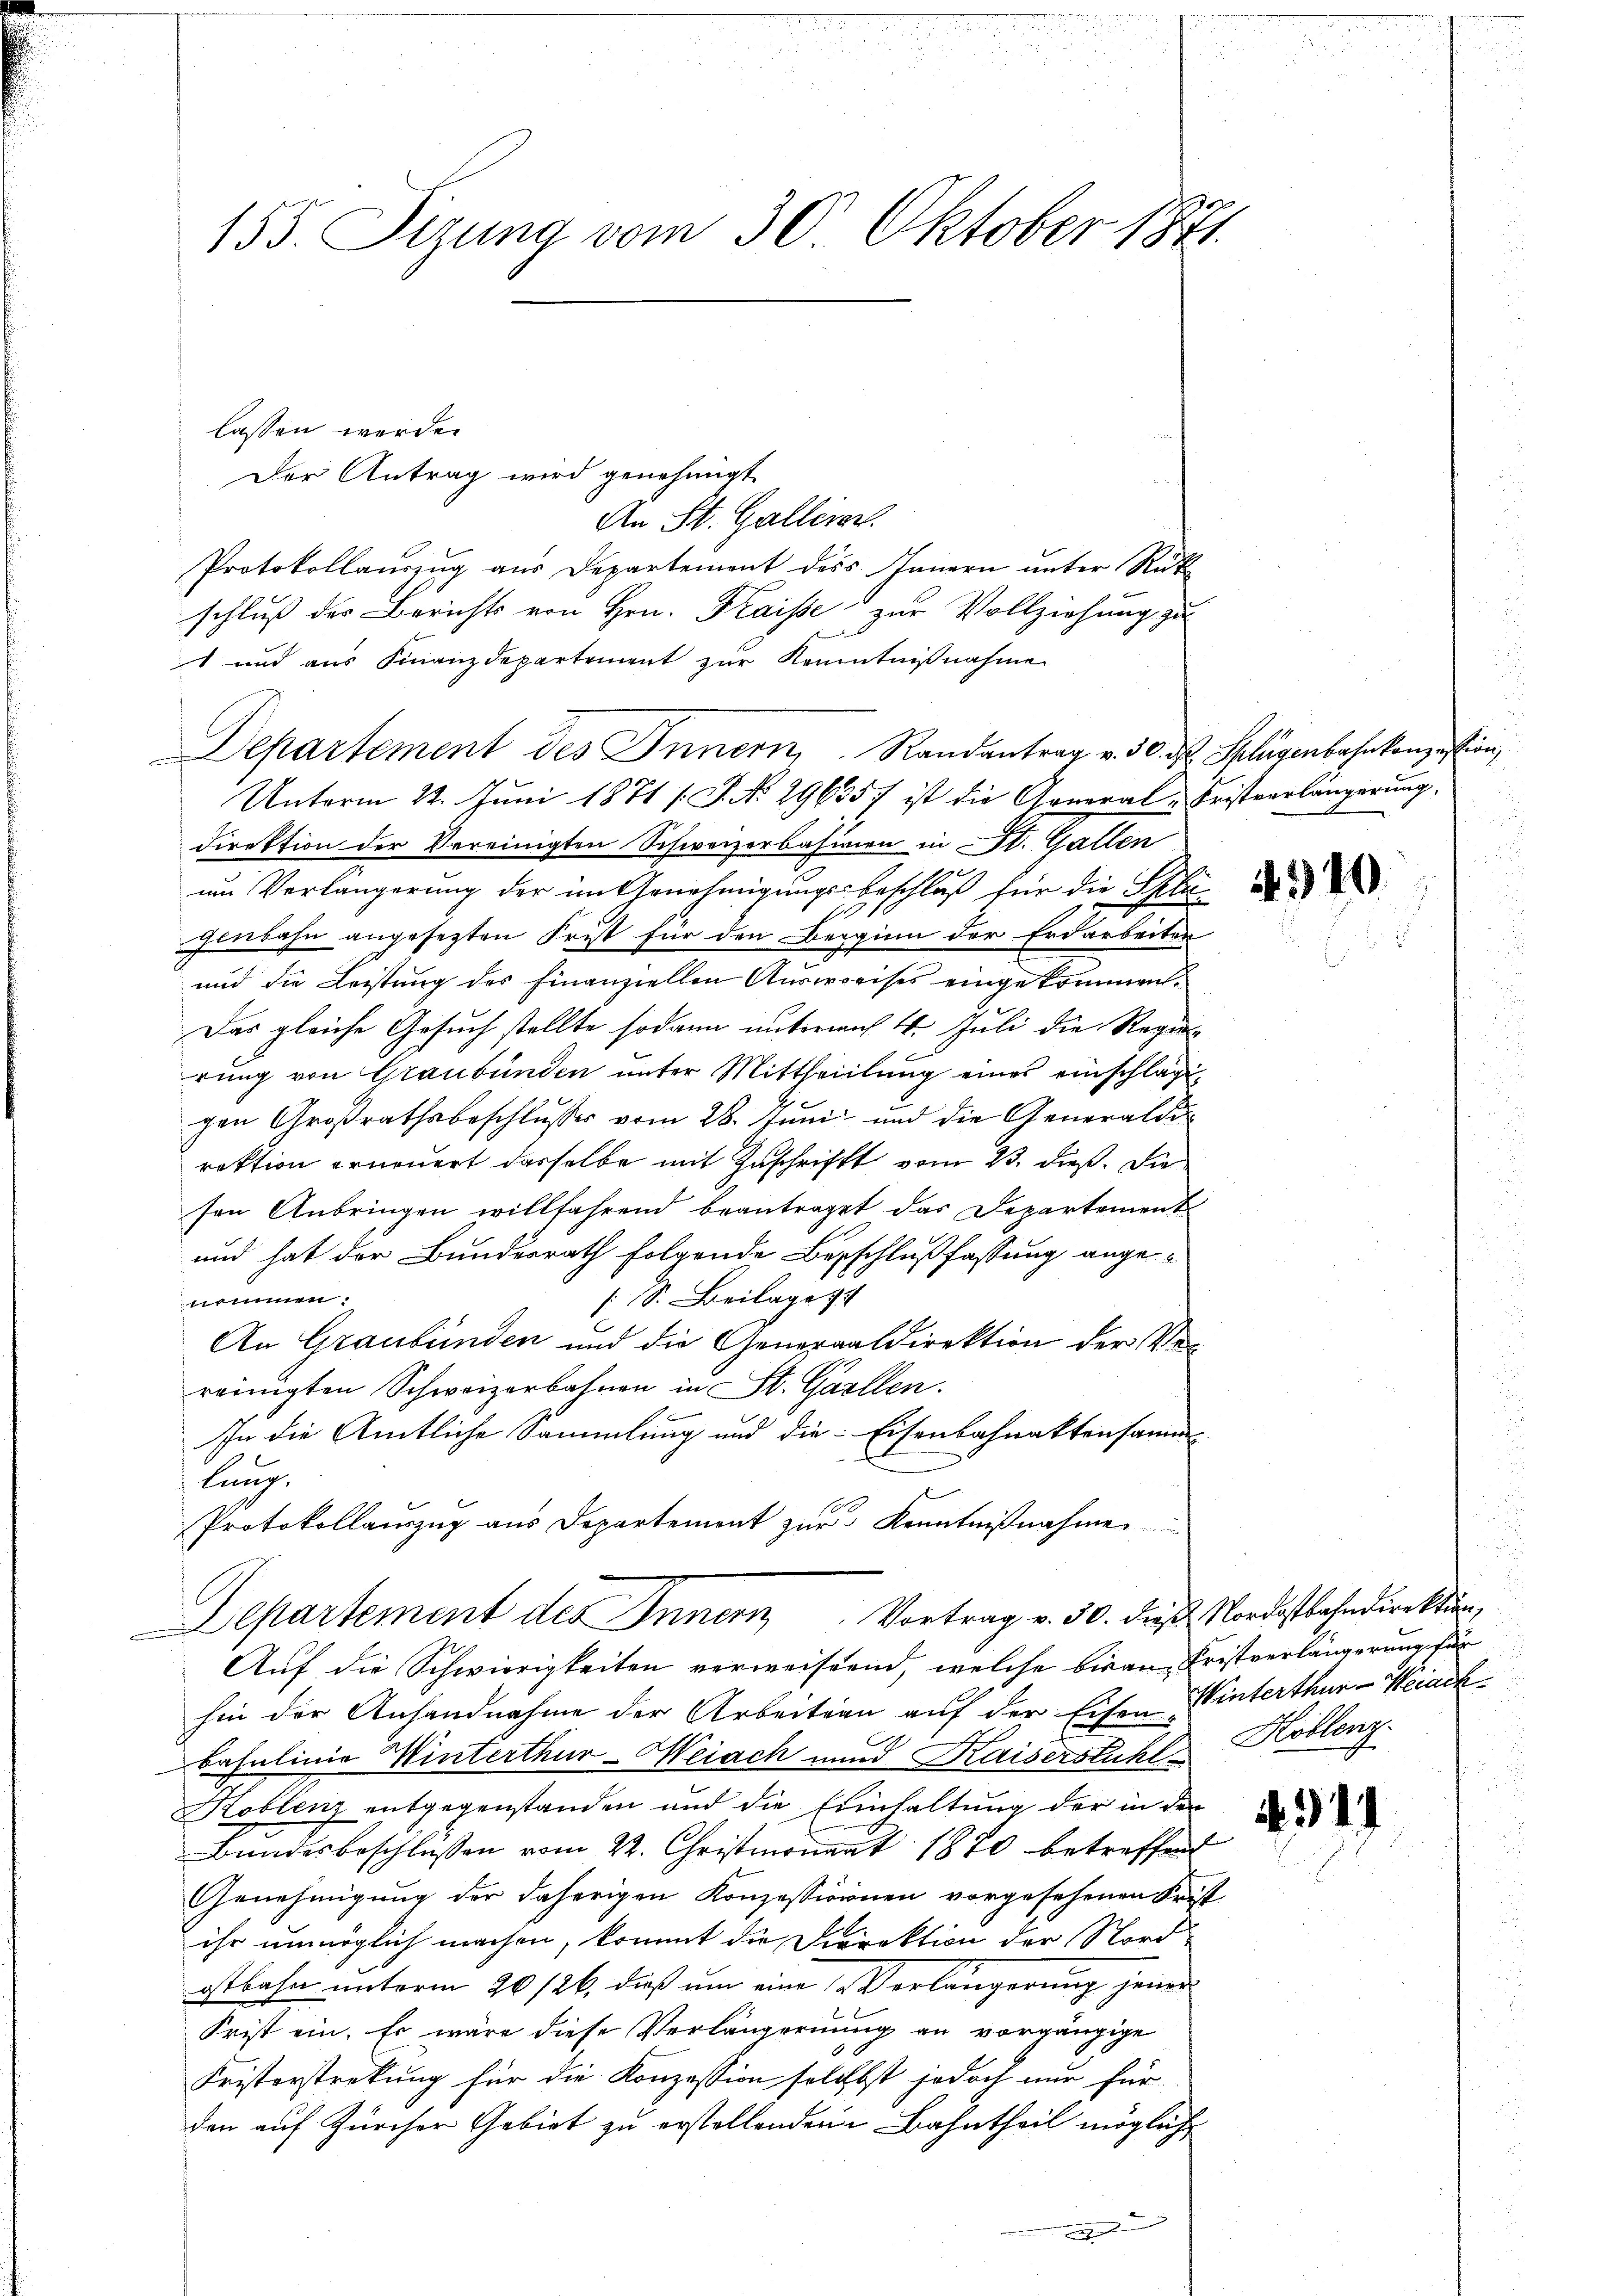
155. Sizung vom 30. Oktober 1871

lassen werde.
Der Antrag wird genehmigt.
An St. Galliren.
Protokollauszug aus Departement dess Innern unter Rük
schluß der Berichts von Hrn. Kaise zur Vollziehung zu
t und aus Finanzdepartement zur Kenntnißnahme
Departement des Innern, Randantrag v. 30. d. Splügenbahnkonzession,
Unterm 22. Juni 1871 (S. No 29635) ist die General-Fristverlängerung
direktion der Vereinigten Schweizerbahnen in St. Gallen
um Verlängerung der im Genehmigungs-Beschluß für die Splä¬
A
genbahn angesezten Frist für den Beginn der Erdarbeiten
und die Leistung des Finanziellen Ausweises eingekommen.
Das gleiche Gesuch stellte sodann unternach 16. Juli die Regul
rung von Graubünden unter Mittheilŭng eines einschlage,
gen Großrathsbeschlusses vom 28. Juni und die Generaldirektion erneuert dasselbe mit Zuschrift vom 23. dieß. Die
sen Anbringen willfahrend beantraget das Departement
und hat der Bundesrath folgende Beschlußfassung angenommen.
S. Beilage 1
An Graubünden und die Generaldirektion der Ver
reinigten Schweizerbahnen in St. Gallen.
In die Amtliche Sammlung und die Eisenbahnaktensamm-
lung,
Protokollauszug aus Departement zŭr Kenntnißnahme
Departement des Innern Vortrag v. 30. dieß Nordostbahndirektion,
Auf die Schwierigkeiten verweiseend, welche bis an Fristverlängerung für
hin der Anhandnahme der Arbeitern auf der Eisen Winterthur-Weiachbasulinie Winterthur–Weiach und Kaiserstuhl Koblenz
Koblenz entgegenstanden und die Einhaltung der in der
Bundesbeschlüssen vom 22. Christmonat 1870 betreffend
Genehmigung der daherigen Konzessionnen vorgesehenen Frist
ihr unmöglich machen, kommt die Direktion der Nord-
otbahn unterm 26/26. dieß um eine Verlängerung jener
Frist ein. Es wäre diese Verlängernung an vorgängige
Fristerstreckung für die Konzession solebst jedoch nur für
den auf Zürcher Gebiet zu erstellenden Bahntheil mögliche
g

n

4310

2

.